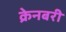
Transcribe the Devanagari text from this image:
क्रेनबरी